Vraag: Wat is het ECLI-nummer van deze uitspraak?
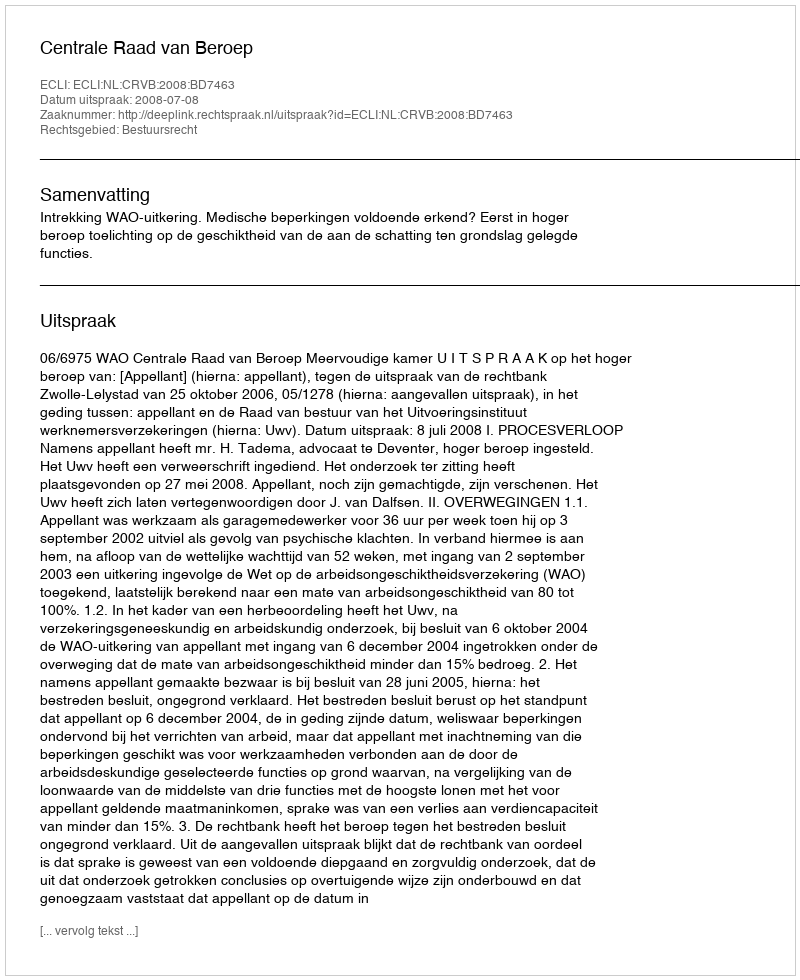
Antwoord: ECLI:NL:CRVB:2008:BD7463